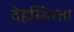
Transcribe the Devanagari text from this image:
देहस्थिरता